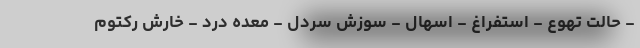
- حالت تهوع - استفراغ - اسهال - سوزش سردل - معده درد - خارش رکتوم